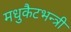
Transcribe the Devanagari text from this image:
मधुकैटभन्त्री